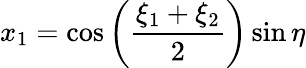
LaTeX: x_{1}=\cos\left({\frac{\xi_{1}+\xi_{2}}{2}}\right)\sin\eta